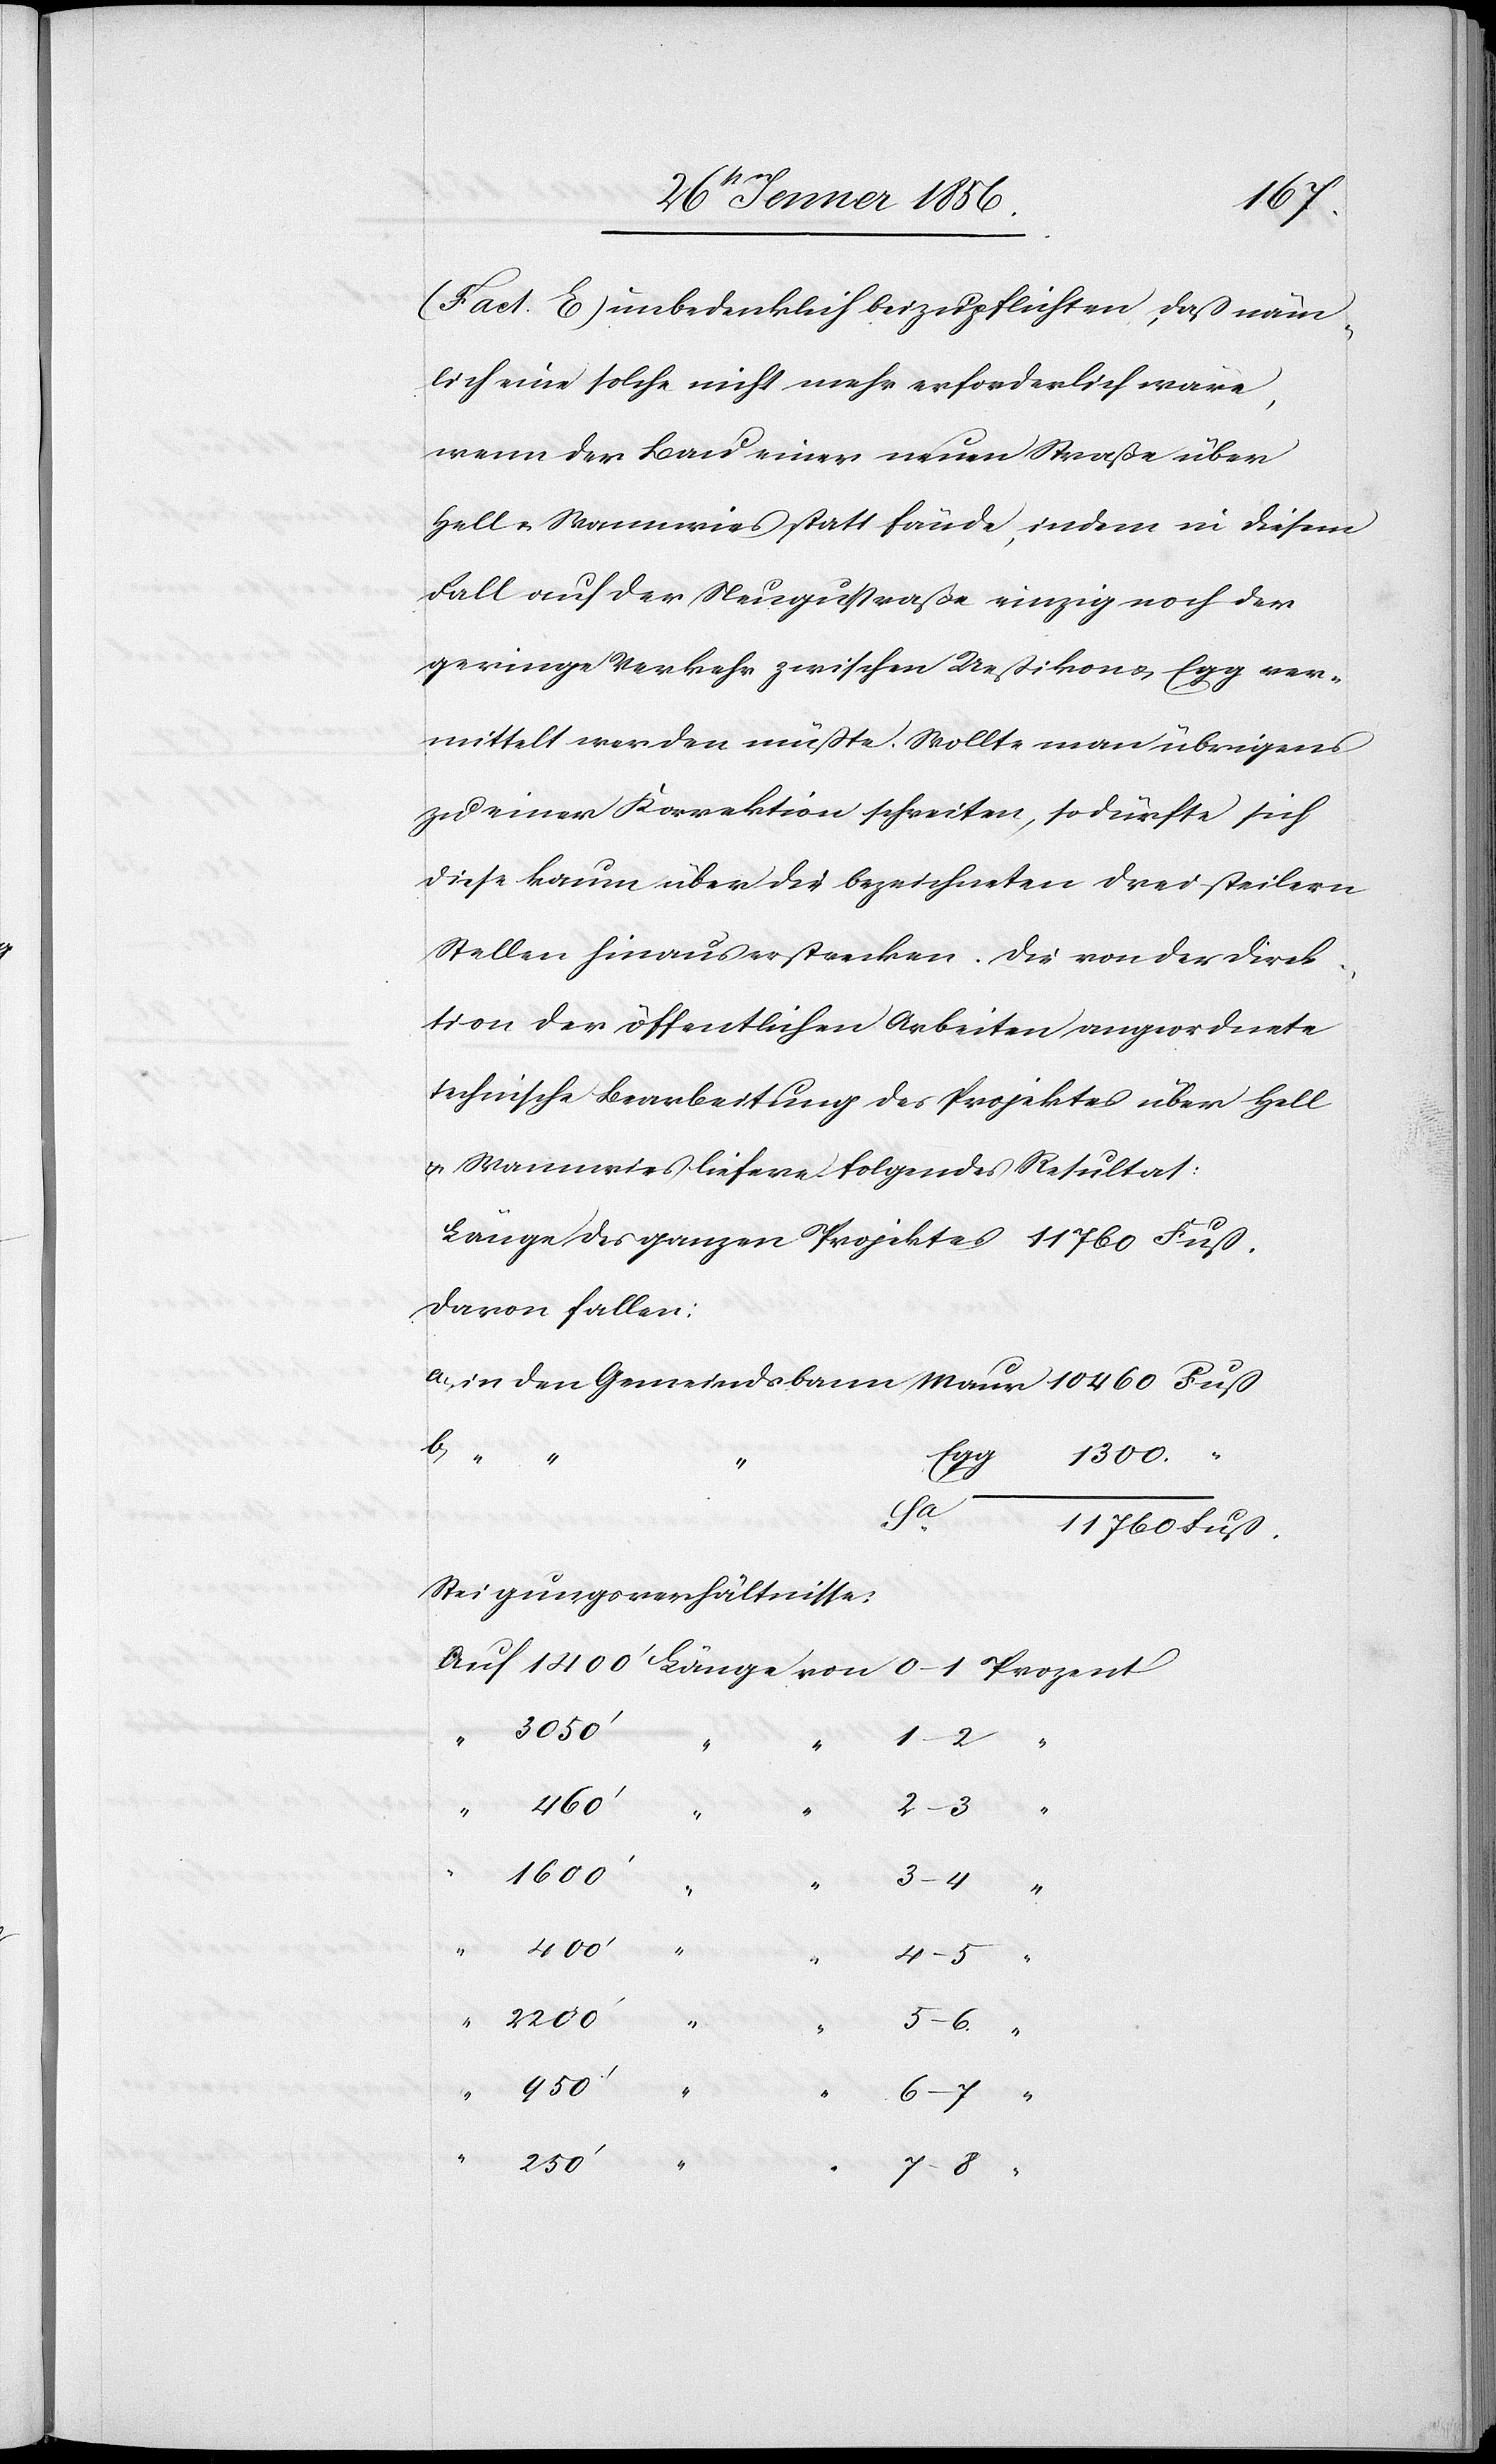
11760
(Fact. E) unbedenklich beizupflichten, daß näm¬
lich eine solche nicht mehr erforderlich wäre,
wenn der Bau einer neuen Straße über
Hell u. Wannwies statt fände, indem in diesem
Fall auf der Neugutstraße einzig noch der
geringe Verkehr zwischen Ueßikon u. Egg ver¬
mittelt werden müßte. Wollte man übrigens
zu einer Korrektion schreiten, so dürfte sich
kaum über die bezeichneten drei steilern
Stellen hinaus erstrecken. Die von der Direk¬
tion der öffentlichen Arbeiten angeordnete
technische Bearbeitung des Projektes über Hell
u. Wannwies liefere folgendes Resultat:
davon fallen:
1300.
von
Steigungsverhältnisse:
3050’
Prozent
Gemein¬
1600’
b.
6–7
250’